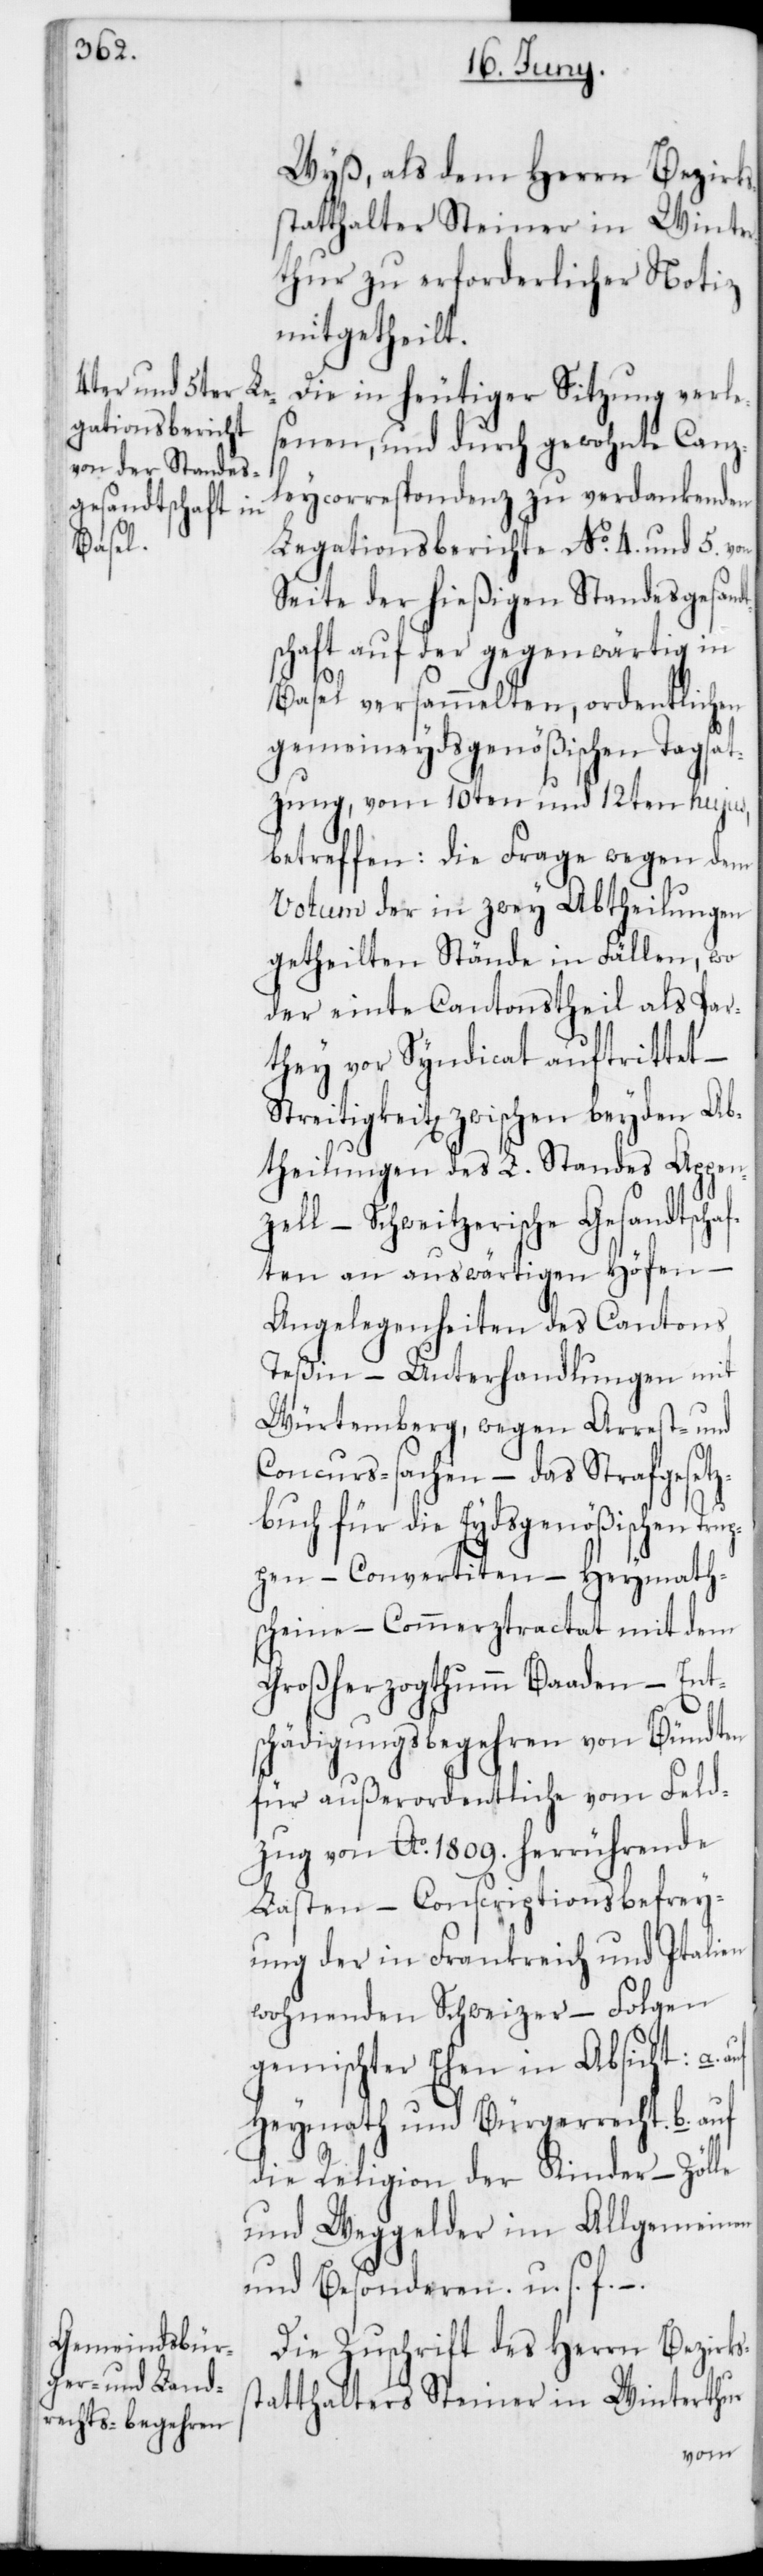
s¬

Wyß, als dem Herrn Bezirks¬
statthalter Steiner in Winte¬
rthur zu erforderlicher Notiz
mitgetheilt.
Die in heutiger Sitzung verles¬
enen, und durch gewohnte Canz¬
leycorrespondenz zu verdankenden
Legationsberichte No 4. und 5. von
Seite der hießigen Standesgesan¬
schaft auf der gegenwärtig in
Basel versammelten, ordentlichen
gemeineydsgenößischen Tagsat¬
zung, vom 10ten und 12ten hujus,
betreffen: die Frage wegen dem
Votum der in zwey Abtheilungen
getheilten Stände in Fällen, wo
der einte Cantonstheil als Par¬
they vor Syndicat auftrittet –
Streitigkeiten zwischen beyden Ab¬
theilungen des L. Standes Appen¬
zell – Schweizerische Gesandtscha¬
ften an auswärtigen Höfen
Angelegenheiten des Cantons
Teßin – Unterhandlungen mit
Würtemberg, wegen Arrest- und
Concurs-sachen – das Strafgesetz¬
buch für die Eydsgenößischen Trup¬
pen – Convertiten – Heymath¬
scheine – Commerztractat mit dem
Großherzogthumm Baaden – Ent¬
schädigungsbegehren von Bündten
für außerordentliche vom Feld¬
zug von Ao 1809. herrührende
Lasten – Conscriptionsbefrey¬
ung der in Frankreich und Italien
wohnenden Schweizer – Folgen
gemischter Ehen in Absicht: a.
Heymath[-] und Bürgerrecht. b. auf
die Religion der Kinder – Zölle
und Weggelder im Allgemeinen
und Besonderen. u. s. f. –
Die Zuschrift des Herrn Bezirks¬
tatthalters Steiner in Winterthur